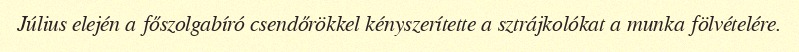
Július elején a főszolgabíró csendőrökkel kényszerítette a sztrájkolókat a munka fölvételére.